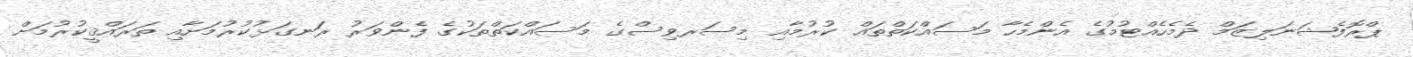
ޕްރޮފެޝަނަލިޒަމް ދެމެހެއްޓުމުގެ އެންމެހާ މަސައްކަތްތައް ކުރުމާއި މިސަރވިސްގެ މަސައްކަތްތަކުގެ ފެންވަރު ރަނގަޅުކުރުމަށާއި ތަރައްޤީކުރުމަށް